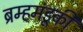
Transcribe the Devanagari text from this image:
ब्रम्हमंडूकी